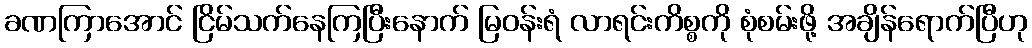
ခဏကြာအောင် ငြိမ်သက်နေကြပြီးနောက် မြဝန်းရံ လာရင်းကိစ္စကို စုံစမ်းဖို့ အချိန်ရောက်ပြီဟု